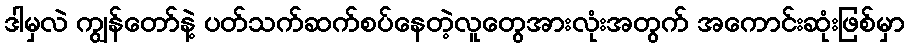
ဒါမှလဲ ကျွန်တော်နဲ့ ပတ်သက်ဆက်စပ်နေတဲ့လူတွေအားလုံးအတွက် အကောင်းဆုံးဖြစ်မှာ